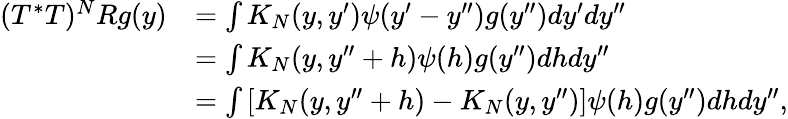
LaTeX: \begin{array}{rl}{(T^{*}T)^{N}Rg(y)}&{=\int K_{N}(y,y^{\prime})\psi(y^{\prime}-y^{\prime\prime})g(y^{\prime\prime})dy^{\prime}dy^{\prime\prime}}\\ &{=\int K_{N}(y,y^{\prime\prime}+h)\psi(h)g(y^{\prime\prime})dhdy^{\prime\prime}}\\ &{=\int\left[K_{N}(y,y^{\prime\prime}+h)-K_{N}(y,y^{\prime\prime})\right]\psi(h)g(y^{\prime\prime})dhdy^{\prime\prime},}\end{array}